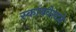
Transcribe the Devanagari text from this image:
स्कायवेस्टने